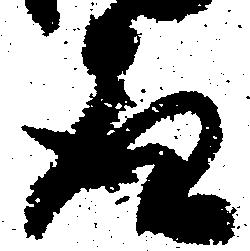
道